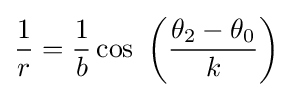
{\frac {1}{r}}={\frac {1}{b}}\cos \ \left({\frac {\theta _{2}-\theta _{0}}{k}}\right)